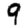
Digit: 9